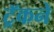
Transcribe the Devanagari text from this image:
ट्रॅकने